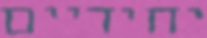
יחידיים